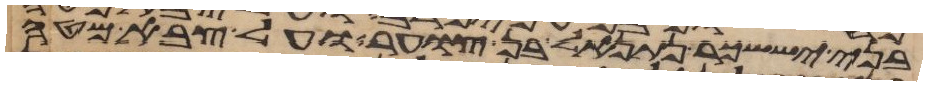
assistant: בני יששכר נתנאל בן צוער ועל צבא מטה